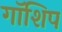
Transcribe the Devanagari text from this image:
गॉशिप